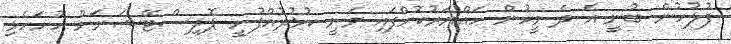
ފުލުހުން ބުނީ އެ ދެ މީހުން ހައްޔަރުކޮށްފައި ވަނީ ކުޅުދުއްފުށީ ޕޮލިސްޓޭޝަނަށް ހުށަހެޅި